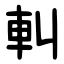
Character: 䡂